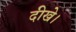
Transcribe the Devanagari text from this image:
दीखे।